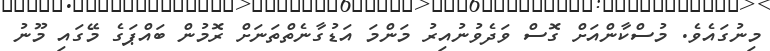
މިނުގައެވެ. މުސްކާންއަށް ގޮސް ވަދެވުނުއިރު މަންމަ އަޑުގާނެތްތަނަށް ރޮމުން ބައްޕަގެ މޭގައި މޫނު